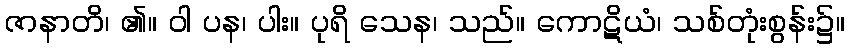
ဇာနာတိ၊ ၏။ ဝါ ပန၊ ပါး။ ပုရိ သေန၊ သည်။ ကောဋိယံ၊ သစ်တုံးစွန်း၌။